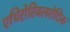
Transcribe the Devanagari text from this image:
एथिरोस्क्लिरोटिक